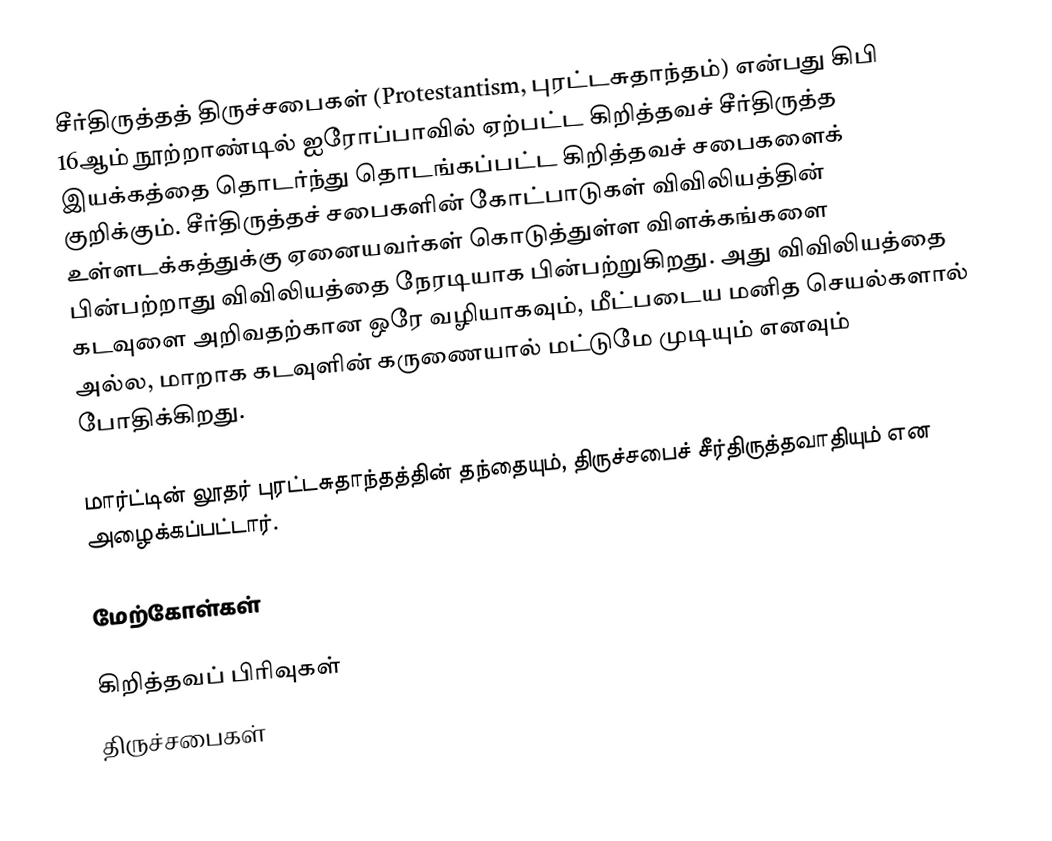
சீர்திருத்தத் திருச்சபைகள் (Protestantism, புரட்டசுதாந்தம்) என்பது கிபி 16ஆம் நூற்றாண்டில் ஐரோப்பாவில் ஏற்பட்ட கிறித்தவச் சீர்திருத்த இயக்கத்தை தொடர்ந்து தொடங்கப்பட்ட கிறித்தவச் சபைகளைக் குறிக்கும். சீர்திருத்தச் சபைகளின் கோட்பாடுகள் விவிலியத்தின் உள்ளடக்கத்துக்கு ஏனையவர்கள் கொடுத்துள்ள விளக்கங்களை பின்பற்றாது விவிலியத்தை நேரடியாக பின்பற்றுகிறது. அது விவிலியத்தை கடவுளை அறிவதற்கான ஒரே வழியாகவும், மீட்படைய மனித செயல்களால் அல்ல, மாறாக கடவுளின் கருணையால் மட்டுமே முடியும் எனவும் போதிக்கிறது.

மார்ட்டின் லூதர் புரட்டசுதாந்தத்தின் தந்தையும், திருச்சபைச் சீர்திருத்தவாதியும் என அழைக்கப்பட்டார்.

மேற்கோள்கள்

கிறித்தவப் பிரிவுகள்
திருச்சபைகள்